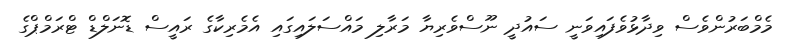
މެމްބަރުންވެސް ވިދާޅުވެފައިވަނީ ސައުދީ ނޫސްވެރިޔާ މަރާލި މައްސަލައިގައި އެމެރިކާގެ ރައީސް ޑޮނަލްޑް ޓްރަމްޕްގެ